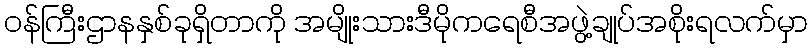
ဝန်ကြီးဌာနနှစ်ခုရှိတာကို အမျိုးသားဒီမိုကရေစီအဖွဲ့ချုပ်အစိုးရလက်မှာ